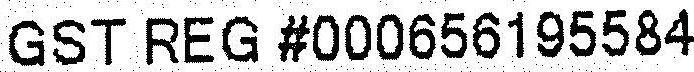
GST REG #000656195584